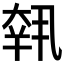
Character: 𡙕